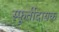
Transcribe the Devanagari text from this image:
स्फूर्तीदायक